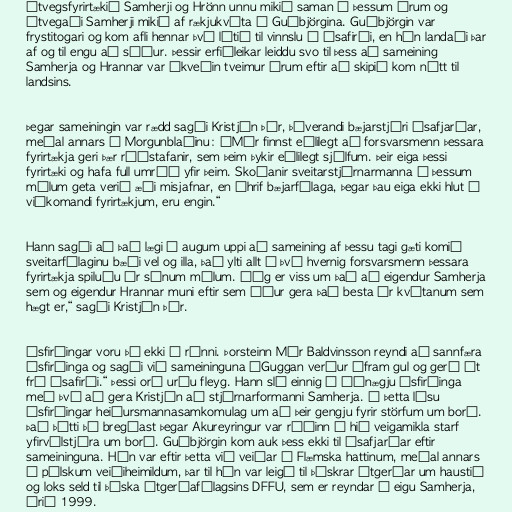
Útvegsfyrirtækið Samherji og Hrönn unnu mikið saman á þessum árum og
útvegaði Samherji mikið af rækjukvóta á Guðbjörgina. Guðbjörgin var
frystitogari og kom afli hennar því lítið til vinnslu á Ísafirði, en hún landaði þar
af og til engu að síður. Þessir erfiðleikar leiddu svo til þess að sameining
Samherja og Hrannar var ákveðin tveimur árum eftir að skipið kom nýtt til
landsins.

Þegar sameiningin var rædd sagði Kristján Þór, þáverandi bæjarstjóri Ísafjarðar,
meðal annars í Morgunblaðinu: „Mér finnst eðlilegt að forsvarsmenn þessara
fyrirtækja geri þær ráðstafanir, sem þeim þykir eðlilegt sjálfum. Þeir eiga þessi
fyrirtæki og hafa full umráð yfir þeim. Skoðanir sveitarstjórnarmanna á þessum
málum geta verið æði misjafnar, en áhrif bæjarfélaga, þegar þau eiga ekki hlut í
viðkomandi fyrirtækjum, eru engin.“

Hann sagði að það lægi í augum uppi að sameining af þessu tagi gæti komið
sveitarfélaginu bæði vel og illa, það ylti allt á því hvernig forsvarsmenn þessara
fyrirtækja spiluðu úr sínum málum. „Ég er viss um það að eigendur Samherja
sem og eigendur Hrannar muni eftir sem áður gera það besta úr kvótanum sem
hægt er,“ sagði Kristján Þór.

Ísfirðingar voru þó ekki í rónni. Þorsteinn Már Baldvinsson reyndi að sannfæra
Ísfirðinga og sagði við sameininguna „Guggan verður áfram gul og gerð út
frá Ísafirði.“ Þessi orð urðu fleyg. Hann sló einnig á óánægju Ísfirðinga
með því að gera Kristján að stjórnarformanni Samherja. Í þetta lásu
Ísfirðingar heiðursmannasamkomulag um að þeir gengju fyrir störfum um borð.
Það þótti þó bregðast þegar Akureyringur var ráðinn í hið veigamikla starf
yfirvélstjóra um borð. Guðbjörgin kom auk þess ekki til Ísafjarðar eftir
sameininguna. Hún var eftir þetta við veiðar á Flæmska hattinum, meðal annars
á pólskum veiðiheimildum, þar til hún var leigð til þýskrar útgerðar um haustið
og loks seld til þýska útgerðafélagsins DFFU, sem er reyndar í eigu Samherja,
árið 1999.